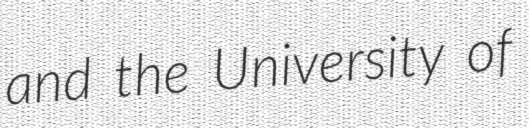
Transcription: and the University of